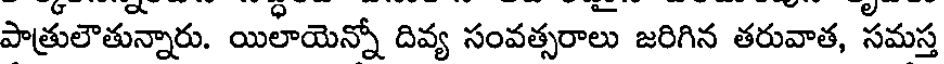
పాత్రులౌతున్నారు. యిలాయెన్నో దివ్య సంవత్సరాలు జరిగిన తరువాత, సమస్త